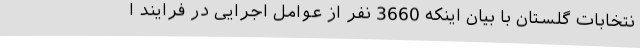
نتخابات گلستان با بیان اینکه 3660 نفر از عوامل اجرایی در فرایند ا